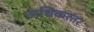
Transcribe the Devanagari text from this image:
अधिकरतर